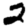
Digit: 2